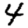
Digit: 4